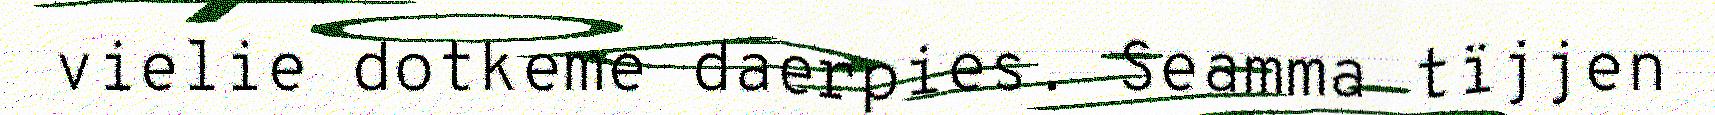
vielie dotkeme daerpies. Seamma tïjjen